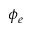
\phi _ { e }